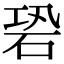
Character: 䂬